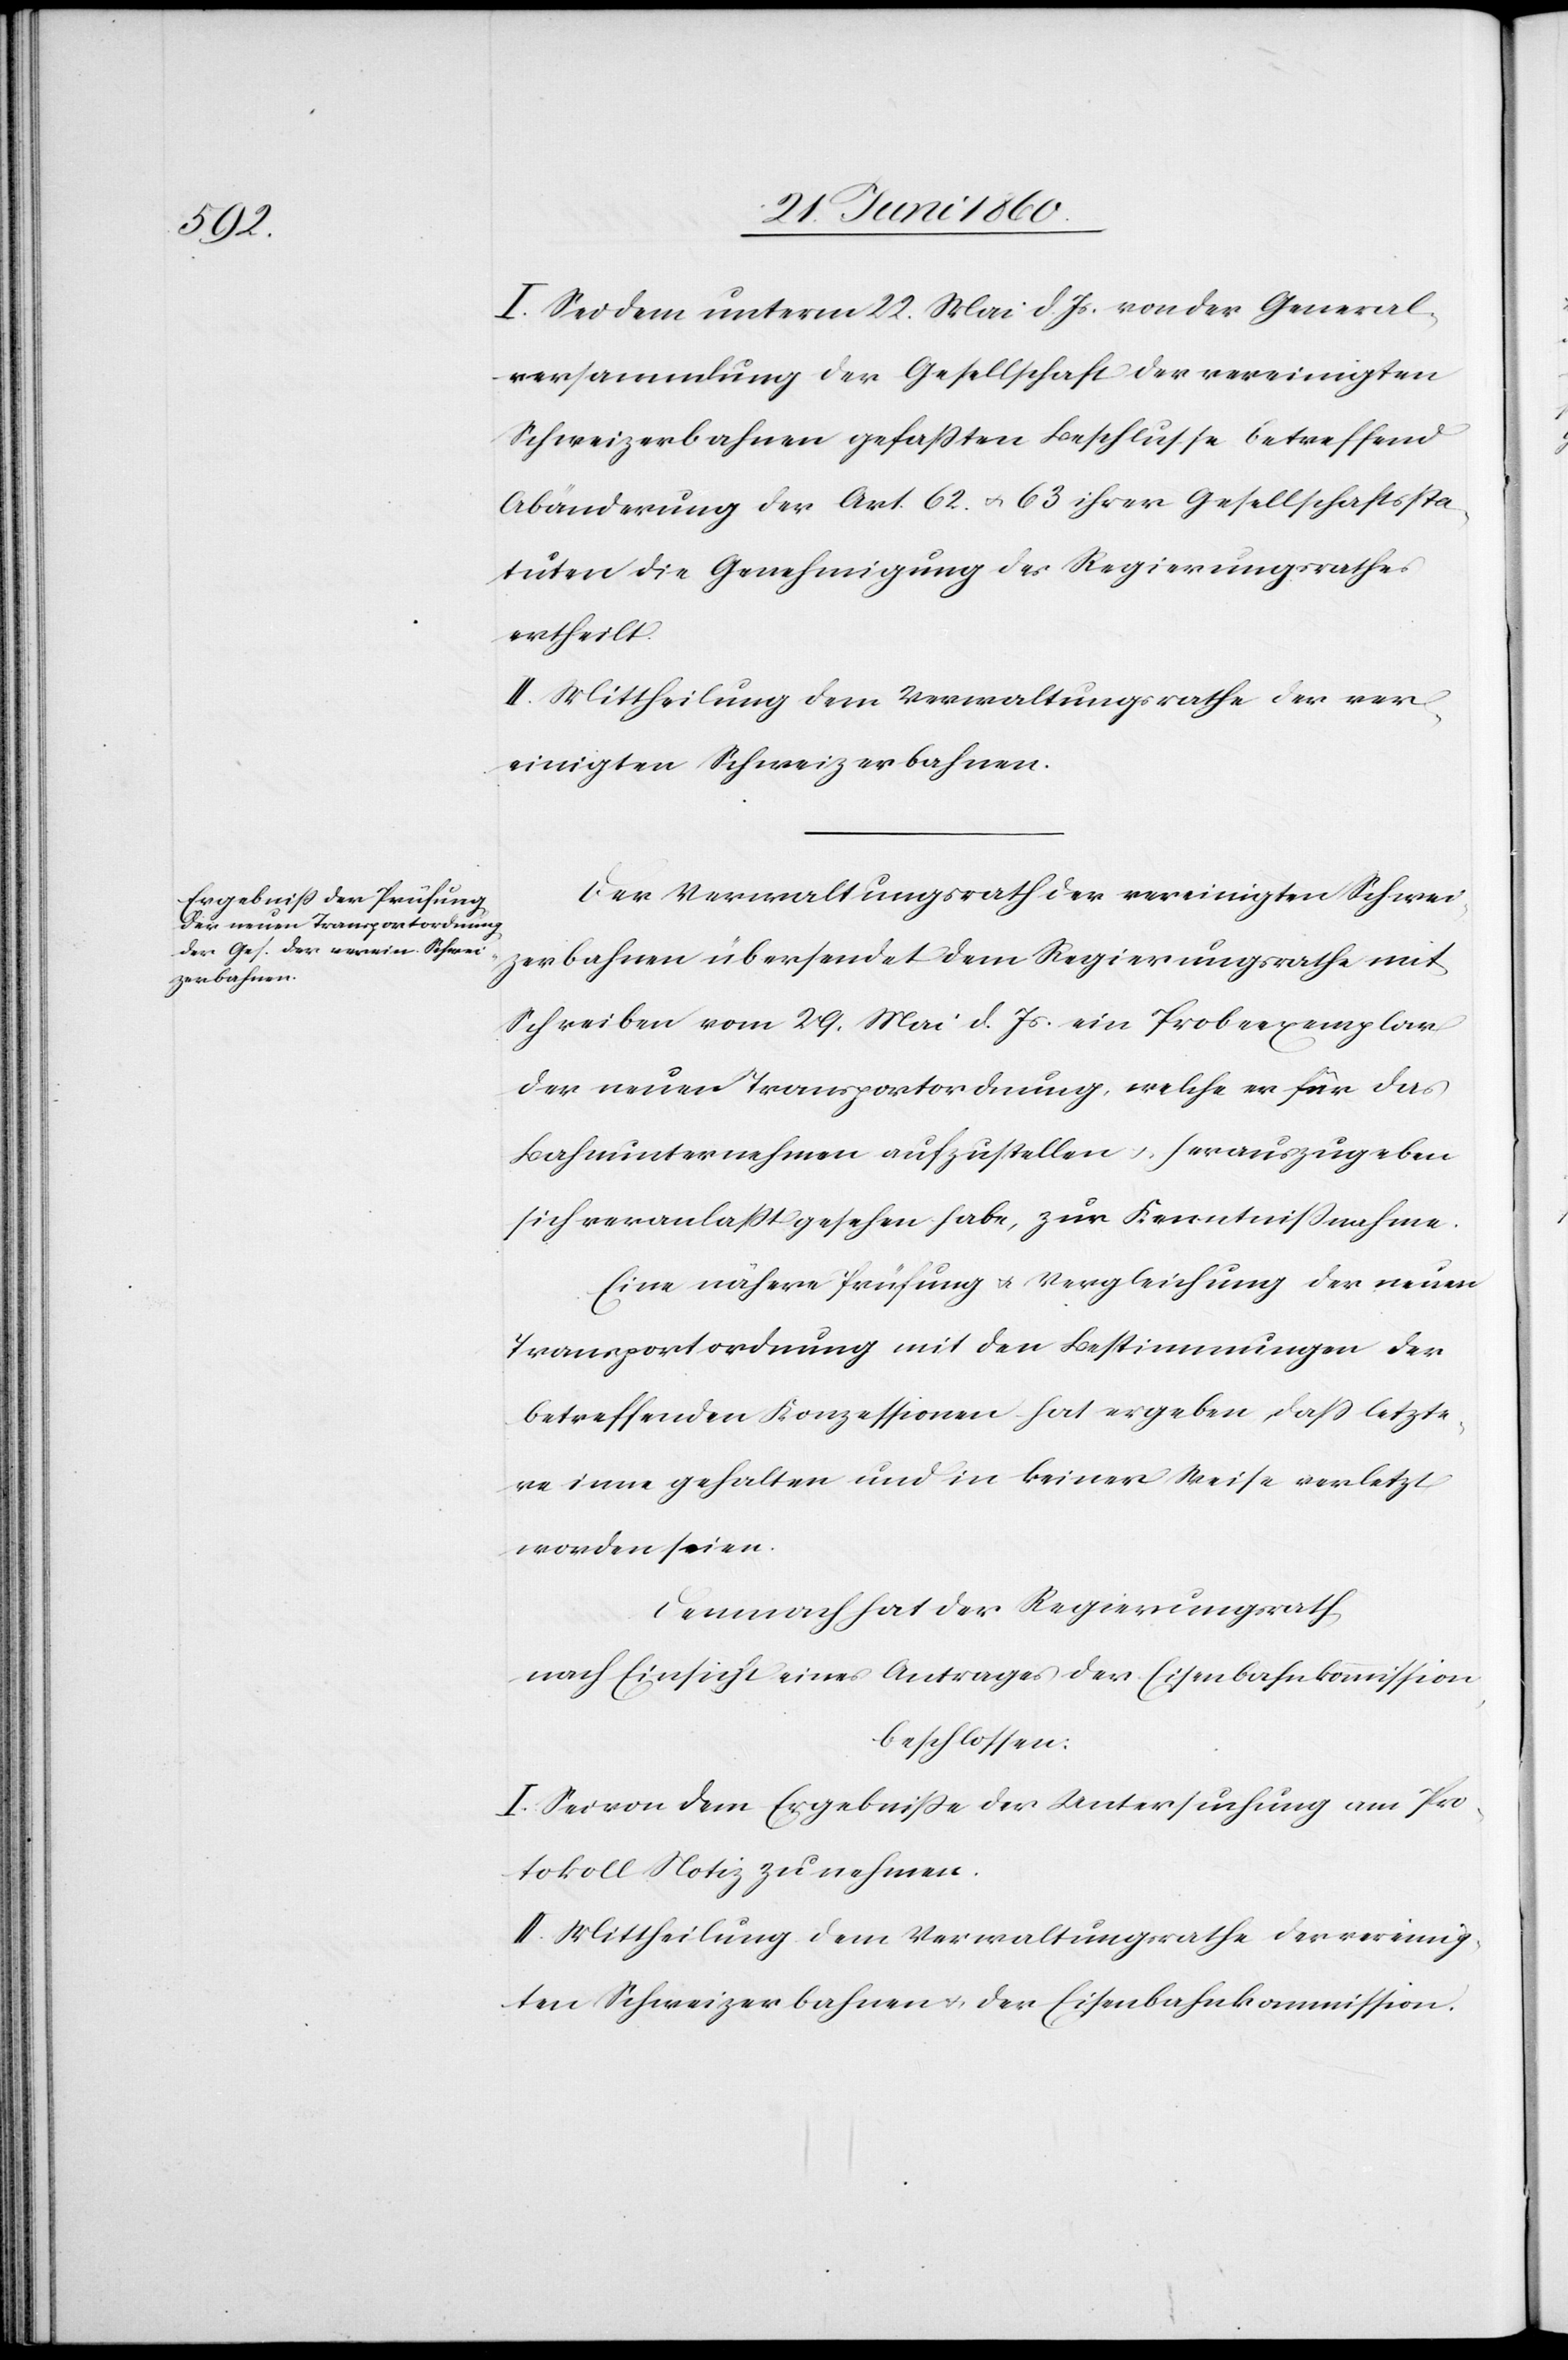
I. Sei dem unterm 22. Mai d. Js. von der General¬
versammlung der Gesellschaft der vereinigten
Schweizerbahnen gefaßten Beschlusse betreffend
Abänderung der Art. 62 u. 63 ihrer Gesellschaftssta¬
tuten die Genehmigung des Regierungsrathes
ertheilt.
II. Mittheilung dem Verwaltungsrathe der ver¬
einigten Schweizerbahnen.
Der Verwaltungsrath der vereinigten Schwei¬
zerbahnen übersendet dem Regierungsrathe mit
Schreiben vom 29. Mai d. Js. ein Probeexemplar
der neuen Transportordnung, welche er für das
Bahnunternehmen aufzustellen u. herauszugeben
sich veranlasst gesehen habe, zur Kenntnissnahme.
Eine nähere Prüfung u. Vergleichung der neuen
Transportordnung mit den Bestimmungen der
betreffenden Konzessionen hat ergeben, dass letzte¬
re inne gehalten und in keiner Weise verletzt
worden seien.
Demnach hat der Regierungsrath,
nach Einsicht eines Antrages der Eisenbahnkommission,
beschlossen:
I. Sei von dem Ergebnisse der Untersuchung am Pro¬
tokoll Notiz zu nehmen.
II. Mittheilung dem Verwaltungsrathe der vereinig¬
ten Schweizerbahnen u. der Eisenbahnkommission.